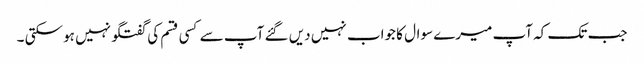
جب تک کہ آپ میرے سوال کا جواب نہیں دیں گئے آپ سے کسی قسم کی گفتگو نہیں ہو سکتی ۔